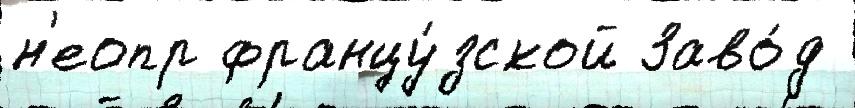
н'еопр францу́зской Заво́д